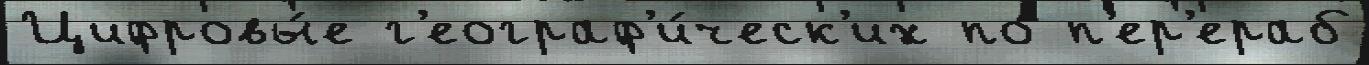
Цифровы́е г'еограф'и́ческ'их по п'ер'ераб